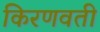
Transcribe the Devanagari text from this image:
किरणवती